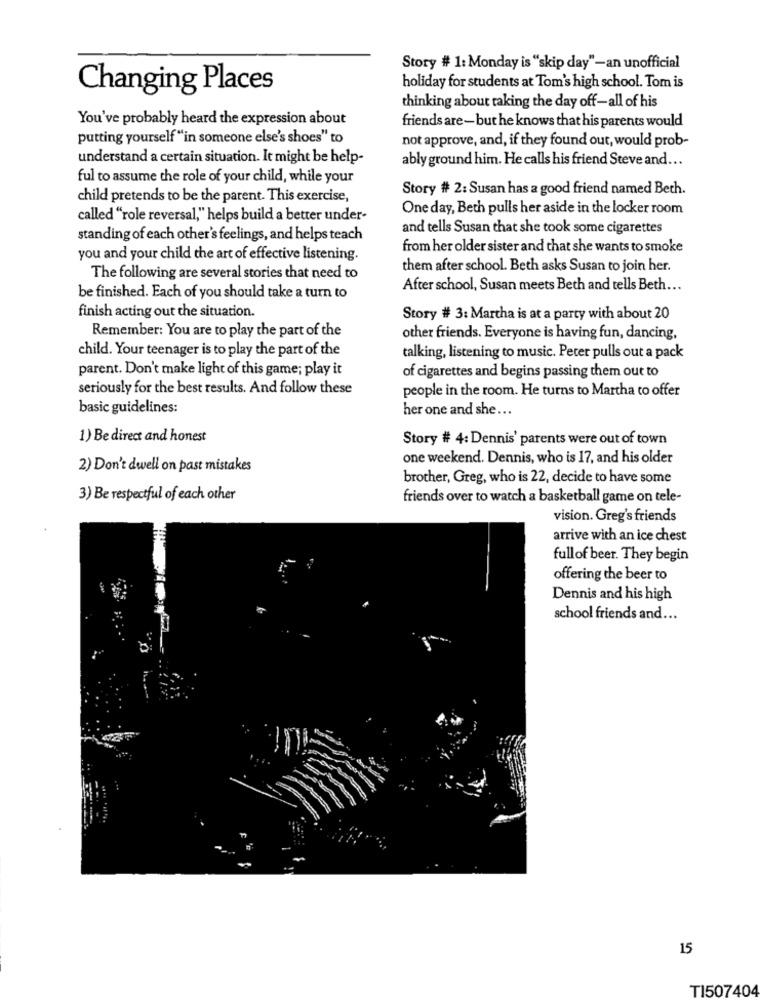
Story # 1: Monday is "skip day"-an unofficial
Changing Places
holiday for students at Tom's high school. Tom is
thinking about taking the day off -all of his
You've probably heard the expression about
friends are - but he knows that his parents would
putting yourself "in someone else's shoes" to
not approve, and, if they found out, would prob-
understand a certain situation. It might be help-
ably ground him. He calls his friend Steve and ...
ful to assume the role of your child, while your
Story # 2: Susan has a good friend named Beth.
child pretends to be the parent. This exercise,
One day, Beth pulls her aside in the locker room
called "role reversal," helps build a better under-
and tells Susan that she took some cigarettes
standing of each other's feelings, and helps teach
from her older sister and that she wants to smoke
you and your child the art of effective listening.
them after school. Beth asks Susan to join her.
The following are several stories that need to
After school, Susan meets Beth and tells Beth ...
be finished. Each of you should take a turn to
finish acting out the situation.
Story # 3: Martha is at a party with about 20
Remember: You are to play the part of the
other friends. Everyone is having fun, dancing,
child. Your teenager is to play the part of the
talking, listening to music. Peter pulls out a pack
parent. Don't make light of this game; play it
of cigarettes and begins passing them out to
seriously for the best results. And follow these
people in the room. He turns to Martha to offer
basic guidelines:
her one and she ...
1) Be direct and honest
Story # 4: Dennis' parents were out of town
one weekend. Dennis, who is 17, and his older
2) Don't dwell on past mistakes
brother, Greg, who is 22, decide to have some
3) Be respectful of each other
friends over to watch a basketball game on tele-
vision. Greg's friends
arrive with an ice chest
fullof beer. They begin
offering the beer to
Dennis and his high
school friends and ...
15
TI507404